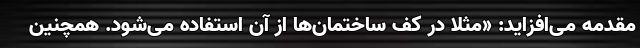
مقدمه می‌افزاید: «مثلا در کف ساختمان‌ها از آن استفاده می‌شود. همچنین